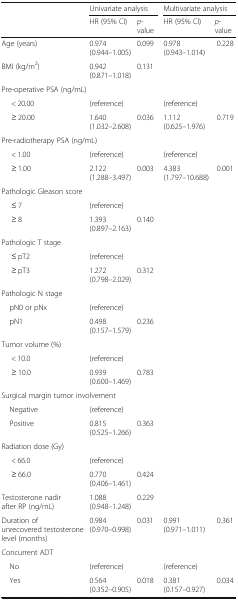
<table><thead><tr><td rowspan="2"></td><td colspan="2"><b>Univariate analysis</b></td><td colspan="2"><b>Multivariate analysis</b></td></tr><tr><td><b>HR (95% CI)</b></td><td><b><i>p</i>-value</b></td><td><b>HR (95% CI)</b></td><td><b><i>p</i>-value</b></td></tr></thead><tbody><tr><td>Age (years)</td><td>0.974 (0.944–1.005)</td><td>0.099</td><td>0.978 (0.943–1.014)</td><td>0.228</td></tr><tr><td>BMI (kg/m<sup>2</sup>)</td><td>0.942 (0.871–1.018)</td><td>0.131</td><td></td><td></td></tr><tr><td colspan="5">Pre-operative PSA (ng/mL)</td></tr><tr><td>&lt; 20.00</td><td>(reference)</td><td></td><td>(reference)</td><td></td></tr><tr><td>≥ 20.00</td><td>1.640 (1.032–2.608)</td><td>0.036</td><td>1.112 (0.625–1.976)</td><td>0.719</td></tr><tr><td colspan="5">Pre-radiotherapy PSA (ng/mL)</td></tr><tr><td>&lt; 1.00</td><td>(reference)</td><td></td><td>(reference)</td><td></td></tr><tr><td>≥ 1.00</td><td>2.122 (1.288–3.497)</td><td>0.003</td><td>4.383 (1.797–10.688)</td><td>0.001</td></tr><tr><td colspan="5">Pathologic Gleason score</td></tr><tr><td>≤ 7</td><td>(reference)</td><td></td><td></td><td></td></tr><tr><td>≥ 8</td><td>1.393 (0.897–2.163)</td><td>0.140</td><td></td><td></td></tr><tr><td colspan="5">Pathologic T stage</td></tr><tr><td>≤ pT2</td><td>(reference)</td><td></td><td></td><td></td></tr><tr><td>≥ pT3</td><td>1.272 (0.798–2.029)</td><td>0.312</td><td></td><td></td></tr><tr><td colspan="5">Pathologic N stage</td></tr><tr><td> pN0 or pNx</td><td>(reference)</td><td></td><td></td><td></td></tr><tr><td> pN1</td><td>0.498 (0.157–1.579)</td><td>0.236</td><td></td><td></td></tr><tr><td colspan="5">Tumor volume (%)</td></tr><tr><td>&lt; 10.0</td><td>(reference)</td><td></td><td></td><td></td></tr><tr><td>≥ 10.0</td><td>0.939 (0.600–1.469)</td><td>0.783</td><td></td><td></td></tr><tr><td colspan="5">Surgical margin tumor involvement</td></tr><tr><td> Negative</td><td>(reference)</td><td></td><td></td><td></td></tr><tr><td> Positive</td><td>0.815 (0.525–1.266)</td><td>0.363</td><td></td><td></td></tr><tr><td colspan="5">Radiation dose (Gy)</td></tr><tr><td>&lt; 66.0</td><td>(reference)</td><td></td><td></td><td></td></tr><tr><td>≥ 66.0</td><td>0.770 (0.406–1.461)</td><td>0.424</td><td></td><td></td></tr><tr><td>Testosterone nadir after RP (ng/mL)</td><td>1.088 (0.948–1.248)</td><td>0.229</td><td></td><td></td></tr><tr><td>Duration of unrecovered testosterone level (months)</td><td>0.984 (0.970–0.998)</td><td>0.031</td><td>0.991 (0.971–1.011)</td><td>0.361</td></tr><tr><td colspan="5">Concurrent ADT</td></tr><tr><td> No</td><td>(reference)</td><td></td><td>(reference)</td><td></td></tr><tr><td> Yes</td><td>0.564 (0.352–0.905)</td><td>0.018</td><td>0.381 (0.157–0.927)</td><td>0.034</td></tr></tbody></table>